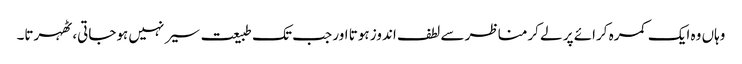
وہاں وہ ایک کمرہ کرائے پر لے کرمناظر سے لطف اندوز ہوتا اور جب تک طبیعت سیر نہیں ہوجاتی، ٹھہرتا۔